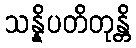
သန္နိပတိတုန္တိ